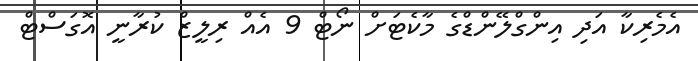
އެމެރިކާ އަދި އިންގްލޭންޑްގެ މާކެޓަށް ނޯޓް 9 އެއް ރިލީޒް ކުރާނީ އޮގަސްޓް